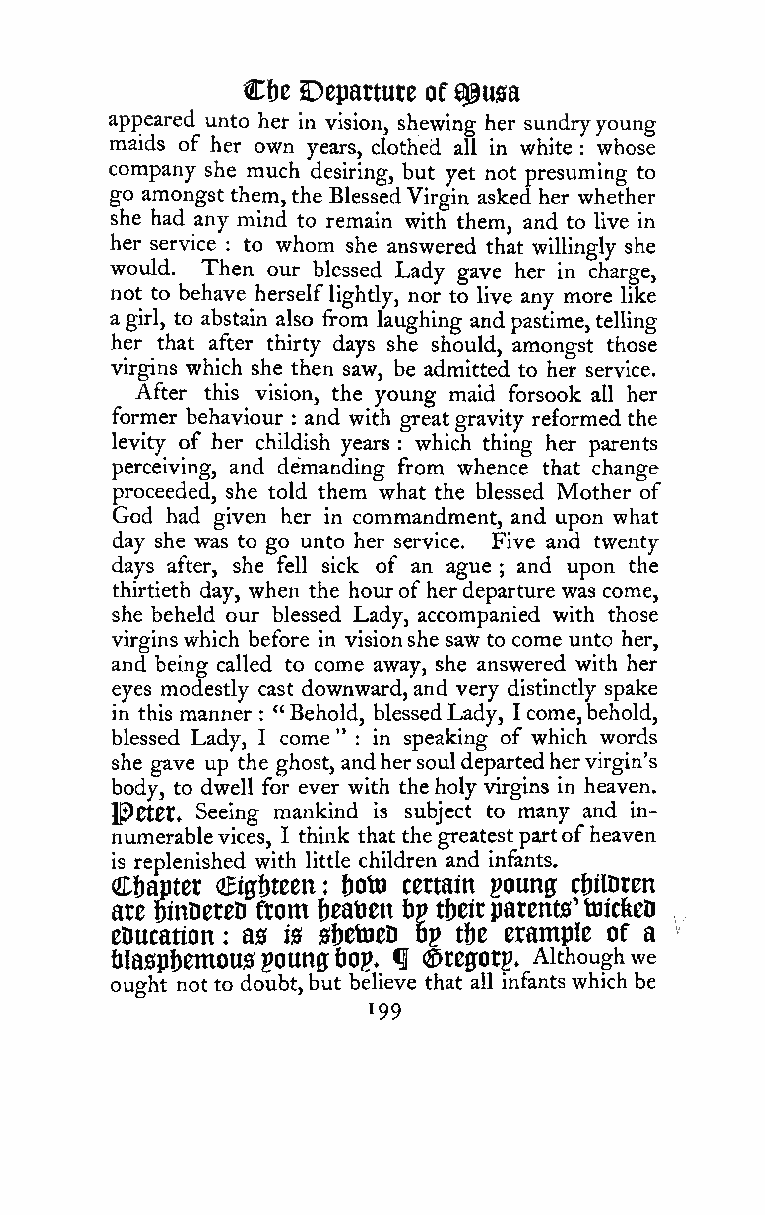
Ct)e Depattute of 0@usa
 appeared unto her in vision, shewing her sundryyoung
 maids of her own years, clothed all in white : whose
 company she much desiring, but yet not presuming to
 go amongst them,the BlessedVirgin asked her whether
 she had any mind to remain with them, and to live in
 her service : to whom she answered that willingly she
 would. Then our blessed Lady gave her in charge,
 not to behave herselflightly, nor to live any more like
 a girl, to abstain also from laughing andpastime,telling
 her that after thirty days she should, amongst those
 virgins which she then saw, be admitted to her service.
 After this vision, the young maid forsook all her
 former behaviour and with great gravity reformed the
 :
 levity of her childish years which thing her parents
 :
 perceiving, and demanding from whence that change
 proceeded, she told them what the blessed Mother of
 God had given her in commandment, and upon what
 day she was to go unto her service. Five and twenty
 days after, she fell sick of an ague and upon the
 ;
 thirtieth day, when the hourof herdeparture was come,
 she beheld our blessed Lady, accompanied with those
 virginswhich before in visionshe saw to come unto her,
 and being called to come away, she answered with her
 eyes modestly cast downward, and very distinctly spake
 in this manner : "Behold, blessedLady, I come,behold,
 blessed Lady, I come " : In speaking of which words
 she gave up the ghost, andhersouldepartedhervirgin's
 body, to dwell for ever with the holy virgins In heaven.
 lP0t0t, Seeing mankind is subject to many and in-
 numerablevices, I think that the greatest partofheaven
 is replenished with little children and infants.
 Cbaptet (JEigfjtcen: botn certain poung c&ilDren
 are ginDereD from beatien bp tbeirparents'tnicfeeD
 eDucation : as is sbetoeD 6p ttje erample of a
 blasphemous pounfftiop. fl ®regorp. Althoughwe
 ought not to doubt,but believe that all infants which be
 199